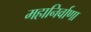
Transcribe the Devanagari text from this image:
महानिर्वाणा